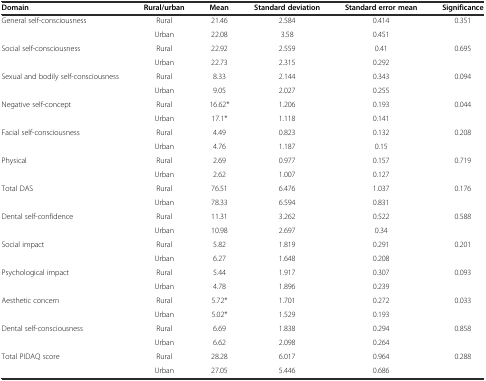
<table><thead><tr><td><b>Domain</b></td><td><b>Rural/urban</b></td><td><b>Mean</b></td><td><b>Standard deviation</b></td><td><b>Standard error mean</b></td><td><b>Significance</b></td></tr></thead><tbody><tr><td rowspan="2">General self-consciousness</td><td>Rural</td><td>21.46</td><td>2.584</td><td>0.414</td><td rowspan="2">0.351</td></tr><tr><td>Urban</td><td>22.08</td><td>3.58</td><td>0.451</td></tr><tr><td rowspan="2">Social self-consciousness</td><td>Rural</td><td>22.92</td><td>2.559</td><td>0.41</td><td rowspan="2">0.695</td></tr><tr><td>Urban</td><td>22.73</td><td>2.315</td><td>0.292</td></tr><tr><td rowspan="2">Sexual and bodily self-consciousness</td><td>Rural</td><td>8.33</td><td>2.144</td><td>0.343</td><td rowspan="2">0.094</td></tr><tr><td>Urban</td><td>9.05</td><td>2.027</td><td>0.255</td></tr><tr><td rowspan="2">Negative self-concept</td><td>Rural</td><td>16.62*</td><td>1.206</td><td>0.193</td><td rowspan="2">0.044</td></tr><tr><td>Urban</td><td>17.1*</td><td>1.118</td><td>0.141</td></tr><tr><td rowspan="2">Facial self-consciousness</td><td>Rural</td><td>4.49</td><td>0.823</td><td>0.132</td><td rowspan="2">0.208</td></tr><tr><td>Urban</td><td>4.76</td><td>1.187</td><td>0.15</td></tr><tr><td rowspan="2">Physical</td><td>Rural</td><td>2.69</td><td>0.977</td><td>0.157</td><td rowspan="2">0.719</td></tr><tr><td>Urban</td><td>2.62</td><td>1.007</td><td>0.127</td></tr><tr><td rowspan="2">Total DAS</td><td>Rural</td><td>76.51</td><td>6.476</td><td>1.037</td><td rowspan="2">0.176</td></tr><tr><td>Urban</td><td>78.33</td><td>6.594</td><td>0.831</td></tr><tr><td rowspan="2">Dental self-confidence</td><td>Rural</td><td>11.31</td><td>3.262</td><td>0.522</td><td rowspan="2">0.588</td></tr><tr><td>Urban</td><td>10.98</td><td>2.697</td><td>0.34</td></tr><tr><td rowspan="2">Social impact</td><td>Rural</td><td>5.82</td><td>1.819</td><td>0.291</td><td rowspan="2">0.201</td></tr><tr><td>Urban</td><td>6.27</td><td>1.648</td><td>0.208</td></tr><tr><td rowspan="2">Psychological impact</td><td>Rural</td><td>5.44</td><td>1.917</td><td>0.307</td><td rowspan="2">0.093</td></tr><tr><td>Urban</td><td>4.78</td><td>1.896</td><td>0.239</td></tr><tr><td rowspan="2">Aesthetic concern</td><td>Rural</td><td>5.72*</td><td>1.701</td><td>0.272</td><td rowspan="2">0.033</td></tr><tr><td>Urban</td><td>5.02*</td><td>1.529</td><td>0.193</td></tr><tr><td rowspan="2">Dental self-consciousness</td><td>Rural</td><td>6.69</td><td>1.838</td><td>0.294</td><td rowspan="2">0.858</td></tr><tr><td>Urban</td><td>6.62</td><td>2.098</td><td>0.264</td></tr><tr><td rowspan="2">Total PIDAQ score</td><td>Rural</td><td>28.28</td><td>6.017</td><td>0.964</td><td rowspan="2">0.288</td></tr><tr><td>Urban</td><td>27.05</td><td>5.446</td><td>0.686</td></tr></tbody></table>